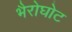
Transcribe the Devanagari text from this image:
भैरोघोट